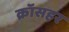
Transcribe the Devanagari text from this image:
क्रॉसहर